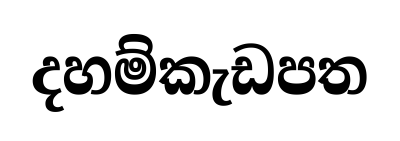
දහම්කැඩපත